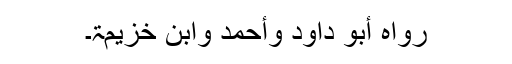
رَوَاہُ أَبُوْ دَاوُدَ وَأَحْمَدُ وَابْنُ خُزَیْمَۃَ۔